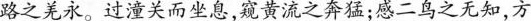
路之羌永。过潼关而坐息，窥黄流之奔猛；感二鸟之无知，方